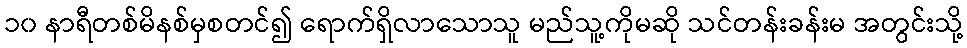
၁၀ နာရီတစ်မိနစ်မှစတင်၍ ရောက်ရှိလာသောသူ မည်သူ့ကိုမဆို သင်တန်းခန်းမ အတွင်းသို့